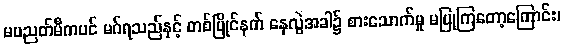
မပညတ်မီကပင် မဂ်ရသည်နှင့် တစ်ပြိုင်နက် နေလွဲအခါ၌ စားသောက်မှု မပြုကြတော့ကြောင်း၊